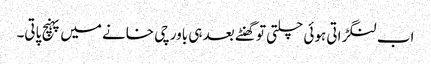
اب لنگڑاتی ہوئی چلتی تو گھنٹے بعد ہی باورچی خانے میں پہنچ پاتی۔